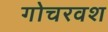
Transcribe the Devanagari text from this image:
गोचरवश